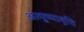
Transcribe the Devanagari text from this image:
अत्युच्चावृत्ति